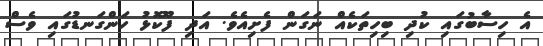
އެ ހިސާބުގައި ކުދި ބިހިތަކެއް ނަގަން ފެށިއެވެ. އަދި ފޫކޮޅު ހަންގަނޑުގައި ވެސް